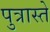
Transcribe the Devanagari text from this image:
पुत्रास्ते